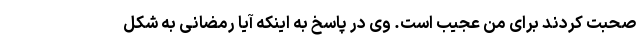
صحبت کردند برای من عجیب است. وی در پاسخ به اینکه آیا رمضانی به شکل